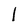
Character: l